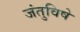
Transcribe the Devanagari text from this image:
जंतुविषे